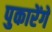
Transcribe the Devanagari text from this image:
पुकारेंगे